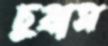
চুম্‌রাস